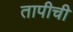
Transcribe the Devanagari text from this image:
तापीची